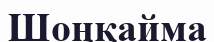
Шоңқайма